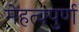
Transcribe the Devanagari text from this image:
मेहत्वपुर्ण